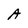
Character: A